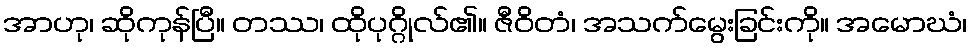
အာဟု၊ ဆိုကုန်ပြီ။ တဿ၊ ထိုပုဂ္ဂိုလ်၏။ ဇီဝိတံ၊ အသက်မွေးခြင်းကို။ အမောဃံ၊